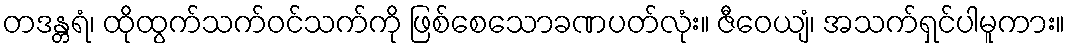
တဒန္တရံ၊ ထိုထွက်သက်ဝင်သက်ကို ဖြစ်စေသောခဏပတ်လုံး။ ဇီဝေယျံ၊ အသက်ရှင်ပါမူကား။